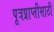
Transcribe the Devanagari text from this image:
पूत्रप्राप्तीसाठी